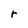
Character: r